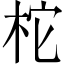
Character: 柁